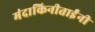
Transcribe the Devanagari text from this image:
मंदाकिनीताईंनी